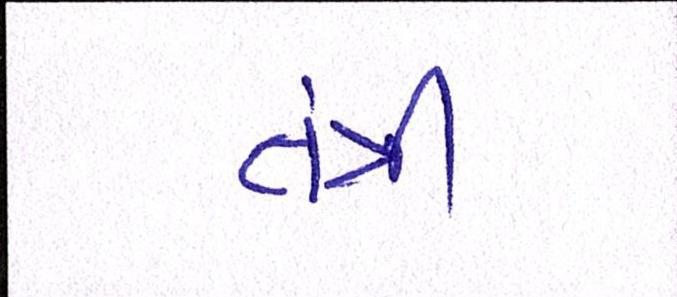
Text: તંત્રી